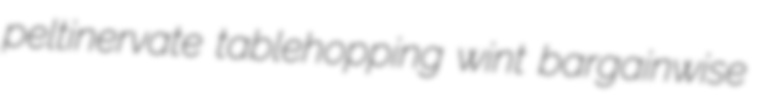
peltinervate tablehopping wint bargainwise